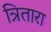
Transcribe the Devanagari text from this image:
त्रितारा